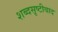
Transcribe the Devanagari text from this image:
शब्दसृष्टीवाद